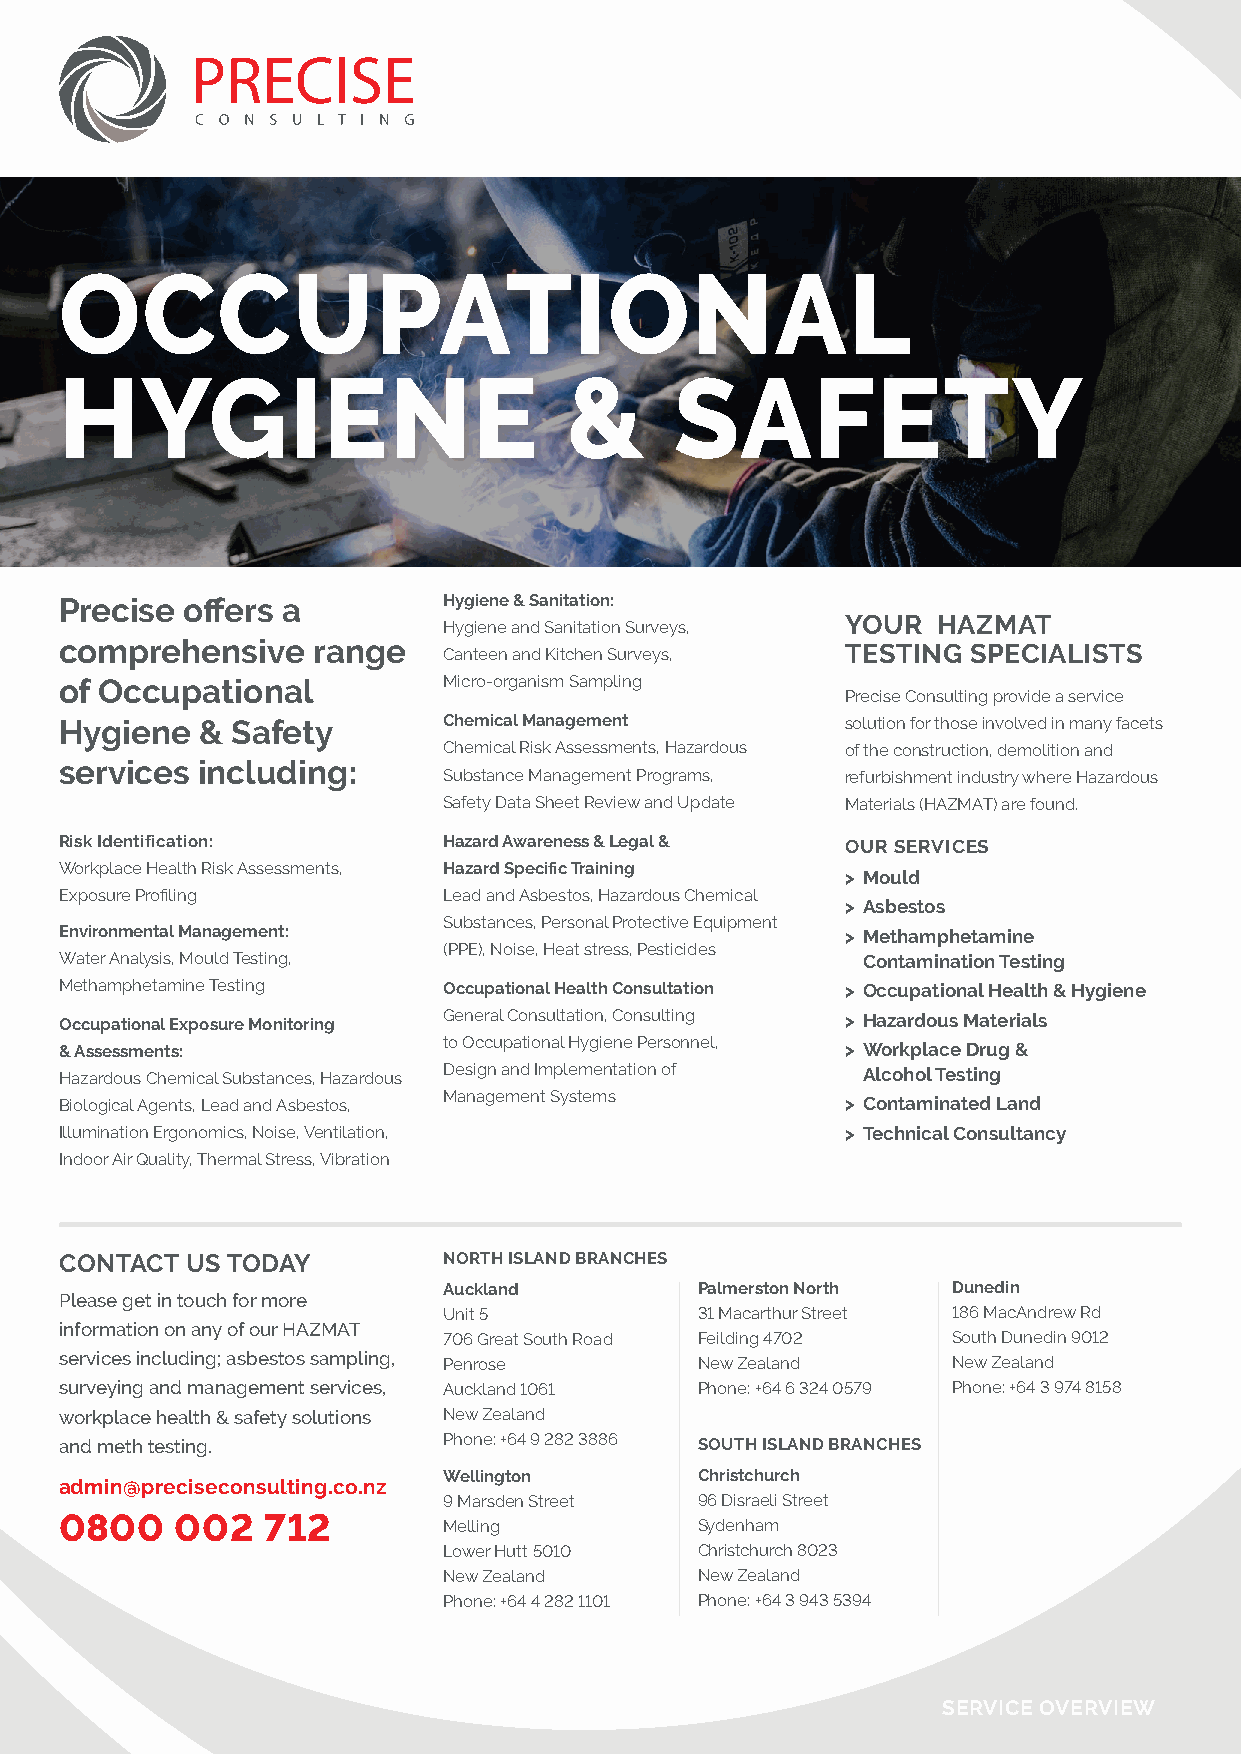
OCCUPATIONAL
 HYGIENE                          &       SAFETY
 Precise offers a         Hygiene & Sanitation:
 your  HaZMaT
 Hygiene and Sanitation Surveys,
 comprehensive    range   Canteen and Kitchen Surveys, TeSTing SPeCialiSTS
 of Occupational          Micro-organism Sampling
 Precise Consulting provide a service
 Hygiene  & Safety        Chemical Management        solution for those involved in many facets
 Chemical Risk Assessments, Hazardous of the construction, demolition and
 services including:
 Substance Management Programs, refurbishment industry where Hazardous
 Safety Data Sheet Review and Update Materials (HAZMAT) are found.
 Risk Identification:     Hazard Awareness & Legal & our ServiCeS
 Workplace Health Risk Assessments, Hazard Specific Training
 > Mould
 Exposure Profiling       Lead and Asbestos, Hazardous Chemical
 > Asbestos
 Substances, Personal Protective Equipment
 Environmental Management:                           > M ethamphetamine
 (PPE), Noise, Heat stress, Pesticides
 Water Analysis, Mould Testing,                       Contamination Testing
 Methamphetamine Testing  Occupational Health Consultation > Occupational Health & Hygiene
 Occupational Exposure Monitoring General Consultation, Consulting > Hazardous Materials
 to Occupational Hygiene Personnel,
 & Assessments:                                      > Workplace drug &
 Hazardous Chemical Substances, Hazardous Design and Implementation of alcohol Testing
 Management Systems
 Biological Agents, Lead and Asbestos,               > Contaminated Land
 Illumination Ergonomics, Noise, Ventilation,        > Technical Consultancy
 Indoor Air Quality, Thermal Stress, Vibration
 ConTaCT uS Today         norTH iSland branCHeS
 Auckland         Palmerston North dunedin
 Please get in touch for more
 Unit 5           31 Macarthur Street 186 MacAndrew Rd
 information on any of our HAZMAT
 706 Great South Road Feilding 4702 South Dunedin 9012
 services including; asbestos sampling, Penrose New Zealand New Zealand
 surveying and management services, Auckland 1061 Phone: +64 6 324 0579 Phone: +64 3 974 8158
 workplace health & safety solutions New Zealand
 and meth testing.        Phone: +64 9 282 3886 SouTH iSland branCHeS
 Wellington       Christchurch
 admin@preciseconsulting.co.nz
 9 Marsden Street 96 Disraeli Street
 0800    002  712         Melling          Sydenham
 Lower Hutt 5010  Christchurch 8023
 New Zealand      New Zealand
 Phone: +64 4 282 1101 Phone: +64 3 943 5394
 SERVICE OVERVIEW